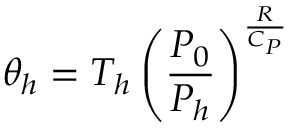
\theta _ { h } = T _ { h } \left( \frac { P _ { 0 } } { P _ { h } } \right) ^ { \frac { R } { C _ { P } } }